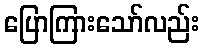
ပြောကြားသော်လည်း